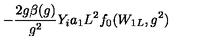
- \frac { 2 g \beta ( g ) } { g ^ { 2 } } Y _ { i } a _ { 1 } L ^ { 2 } f _ { 0 } ( W _ { 1 L } , g ^ { 2 } )